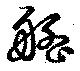
艋